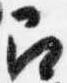
召